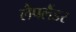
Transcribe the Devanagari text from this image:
लैपलैंडर